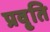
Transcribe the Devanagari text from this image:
प्रवृ्ति